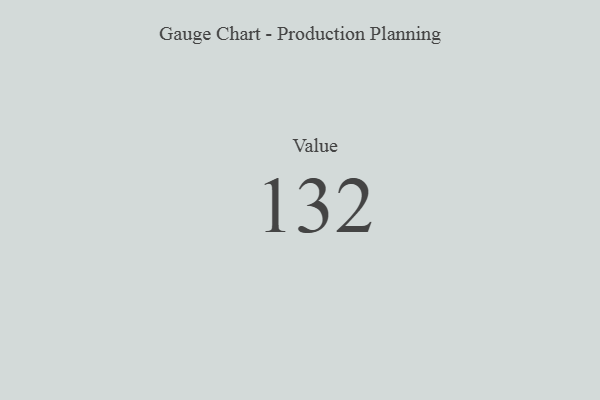
{"axis": {"x": "Metric", "y": "Value"}, "legend": [""], "data": [{"x": "Value", "y": 132, "type": ""}]}